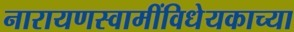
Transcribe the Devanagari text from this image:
नारायणस्वामींविधेयकाच्या